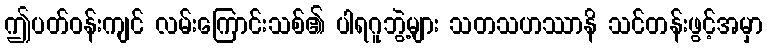
ဤပတ်ဝန်းကျင် လမ်းကြောင်းသစ်၏ ပါရဂူဘွဲ့များ သတသဟဿာနိ သင်တန်းဖွင့်အမှာ